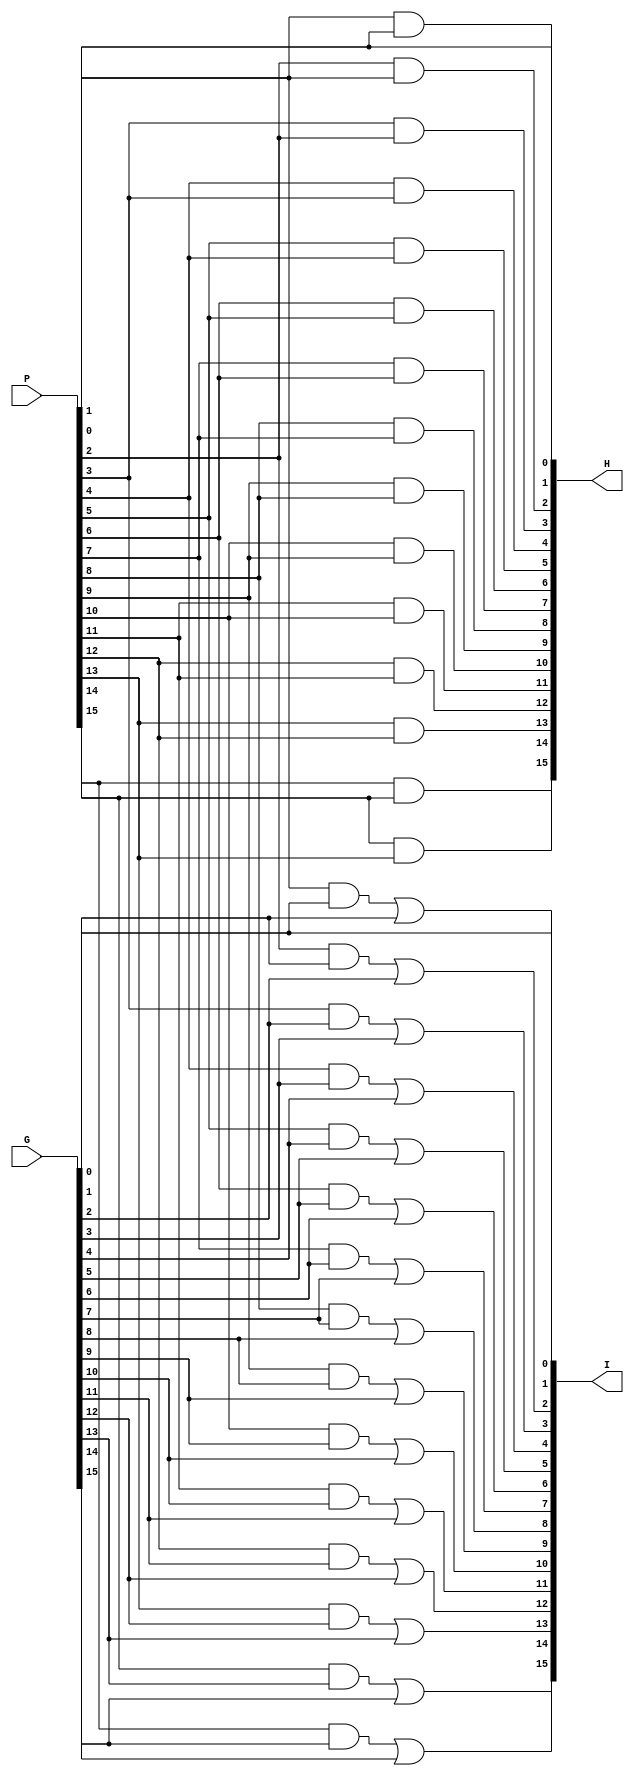


module Layer2(H, I, P, G);

input [15:0] P, G;
output [15:0] H, I;
wire [15:1] T;

assign H[0] = P[0];
assign I[0] = G[0];

and and_1(H[1], P[1], P[0]);
and and_2(H[2], P[2], P[1]);
and and_3(H[3], P[3], P[2]);
and and_4(H[4], P[4], P[3]);
and and_5(H[5], P[5], P[4]);
and and_6(H[6], P[6], P[5]);
and and_7(H[7], P[7], P[6]);
and and_8(H[8], P[8], P[7]);
and and_9(H[9], P[9], P[8]);
and and_10(H[10], P[10], P[9]);
and and_11(H[11], P[11], P[10]);
and and_12(H[12], P[12], P[11]);
and and_13(H[13], P[13], P[12]);
and and_14(H[14], P[14], P[13]);
and and_15(H[15], P[15], P[14]);

and and_16(T[1], P[1], G[0]);
and and_17(T[2], P[2], G[1]);
and and_18(T[3], P[3], G[2]);
and and_19(T[4], P[4], G[3]);
and and_20(T[5], P[5], G[4]);
and and_21(T[6], P[6], G[5]);
and and_22(T[7], P[7], G[6]);
and and_23(T[8], P[8], G[7]);
and and_24(T[9], P[9], G[8]);
and and_25(T[10], P[10], G[9]);
and and_26(T[11], P[11], G[10]);
and and_27(T[12], P[12], G[11]);
and and_28(T[13], P[13], G[12]);
and and_29(T[14], P[14], G[13]);
and and_30(T[15], P[15], G[14]);

or or_1(I[1], T[1], G[1]);
or or_2(I[2], T[2], G[2]);
or or_3(I[3], T[3], G[3]);
or or_4(I[4], T[4], G[4]);
or or_5(I[5], T[5], G[5]);
or or_6(I[6], T[6], G[6]);
or or_7(I[7], T[7], G[7]);
or or_8(I[8], T[8], G[8]);
or or_9(I[9], T[9], G[9]);
or or_10(I[10], T[10], G[10]);
or or_11(I[11], T[11], G[11]);
or or_12(I[12], T[12], G[12]);
or or_13(I[13], T[13], G[13]);
or or_14(I[14], T[14], G[14]);
or or_15(I[15], T[15], G[15]);

endmodule